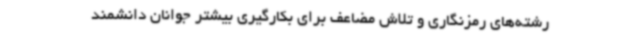
رشته‌های رمزنگاری و تلاش مضاعف برای بکارگیری بیشتر جوانان دانشمند